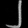
Digit: ၂